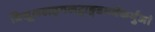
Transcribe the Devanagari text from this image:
त्रिशूलखड्गखट्वाङ्गडमर्वंकर्भुजां